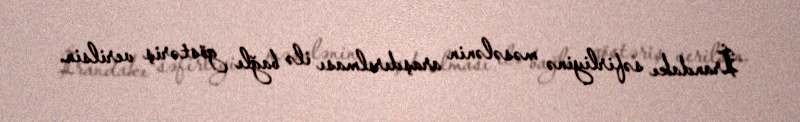
İrandakı səfirliyinə məsələnin araşdırılması ilə bağlı göstəriş verilsin.